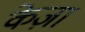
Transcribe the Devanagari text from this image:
केज़ा